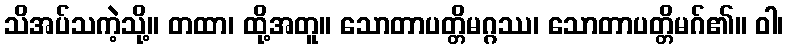
သိအပ်သကဲ့သို့။ တထာ၊ ထို့အတူ။ သောတာပတ္တိမဂ္ဂဿ၊ သောတာပတ္တိမဂ်၏။ ဝါ၊